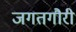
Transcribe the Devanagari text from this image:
जगतगौरी